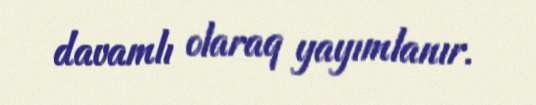
davamlı olaraq yayımlanır.